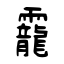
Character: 靇